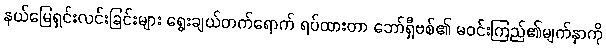
နယ်မြေရှင်းလင်းခြင်းများ ရွေးချယ်တက်ရောက် ရပ်ထားတာ ဘော်ရှီဗစ်၏ မဝင်းကြည်၏မျက်နှာကို